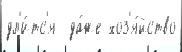
дл'и́тс'я  да́же хоз'я́йство